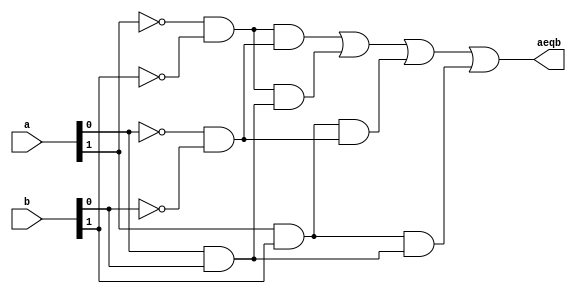
// Listing 1.3
module eq2_sop
  (
  input wire[1:0] a, b,
  output wire aeqb
  );

  // internal signal declaration
  wire p0, p1, p2, p3;

  // sum of product terms
  assign aeqb = p0 | p1 | p2 | p3;
  // product terms
  assign p0 = (~a[1] & ~b[1]) & (~a[0] & ~b[0]);
  assign p1 = (~a[1] & ~b[1]) & (a[0] & b[0]);
  assign p2 = (a[1] & b[1]) & (~a[0] & ~b[0]);
  assign p3 = (a[1] & b[1]) & (a[0] & b[0]);

endmodule